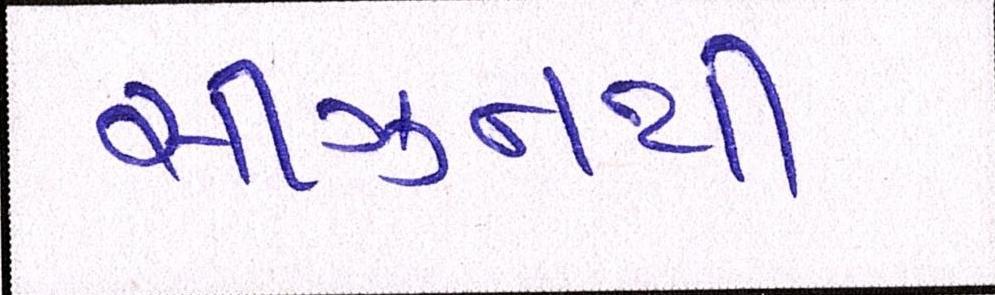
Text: સીઝનથી